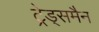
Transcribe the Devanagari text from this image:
ट्रेड्समैन